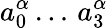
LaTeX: a_{0}^{\alpha}\dots\, a_{3}^{\alpha}